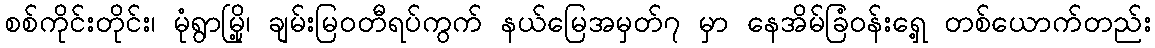
စစ်ကိုင်းတိုင်း၊ မုံရွာမြို့၊ ချမ်းမြဝတီရပ်ကွက် နယ်မြေအမှတ်၇ မှာ နေအိမ်ခြံဝန်းရှေ့ တစ်ယောက်တည်း